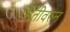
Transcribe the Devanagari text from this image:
भिंतीवरुन